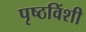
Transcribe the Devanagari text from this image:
पृष्ठविंशी